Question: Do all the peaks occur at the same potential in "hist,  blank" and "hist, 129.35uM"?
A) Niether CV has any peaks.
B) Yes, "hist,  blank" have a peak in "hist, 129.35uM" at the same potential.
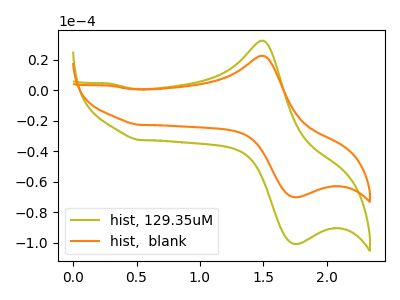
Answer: <think>The olive curve "hist, 129.35uM" has an anodic peak at (1.50V, 32.50uA) and a cathodic peak at (1.80V, -100.80uA). The orange curve "hist,  blank" has an anodic peak at (1.50V, 22.60uA) and a cathodic peak at (1.80V, -70.10uA).</think>
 <answer>B) Yes, "hist,  blank" have a peak in "hist, 129.35uM" at the same potential.</answer>
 <eval>B</eval>